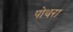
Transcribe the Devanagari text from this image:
पोथरा